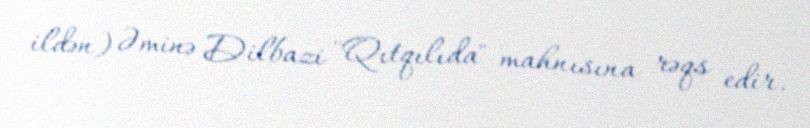
ildən) Əminə Dilbazi "Qıtqılıda" mahnısına rəqs edir.